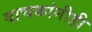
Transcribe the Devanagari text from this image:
वाचकांनीही